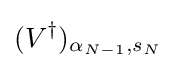
(V^{\dagger })_{\alpha _{N-1},s_{N}}